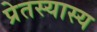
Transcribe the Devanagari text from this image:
प्रेतस्यास्य